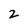
Character: 2